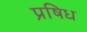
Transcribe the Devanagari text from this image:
प्रषिध